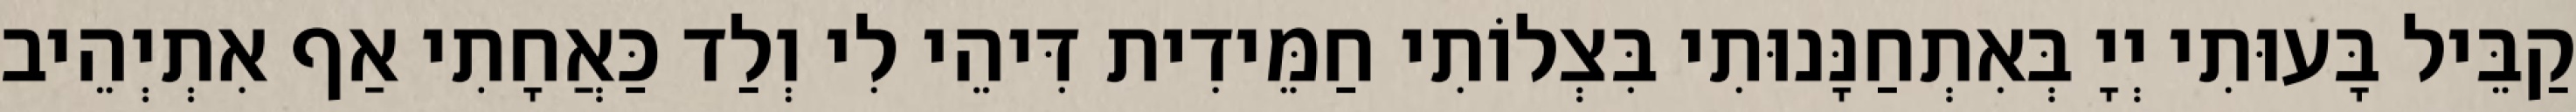
קַבֵּיל בָּעוּתִי יְיָ בְּאִתְחַנָּנוּתִי בִּצְלוֹתִי חַמֵּידִית דִּיהֵי לִי וְלַד כַּאֲחָתִי אַף אִתְיְהֵיב